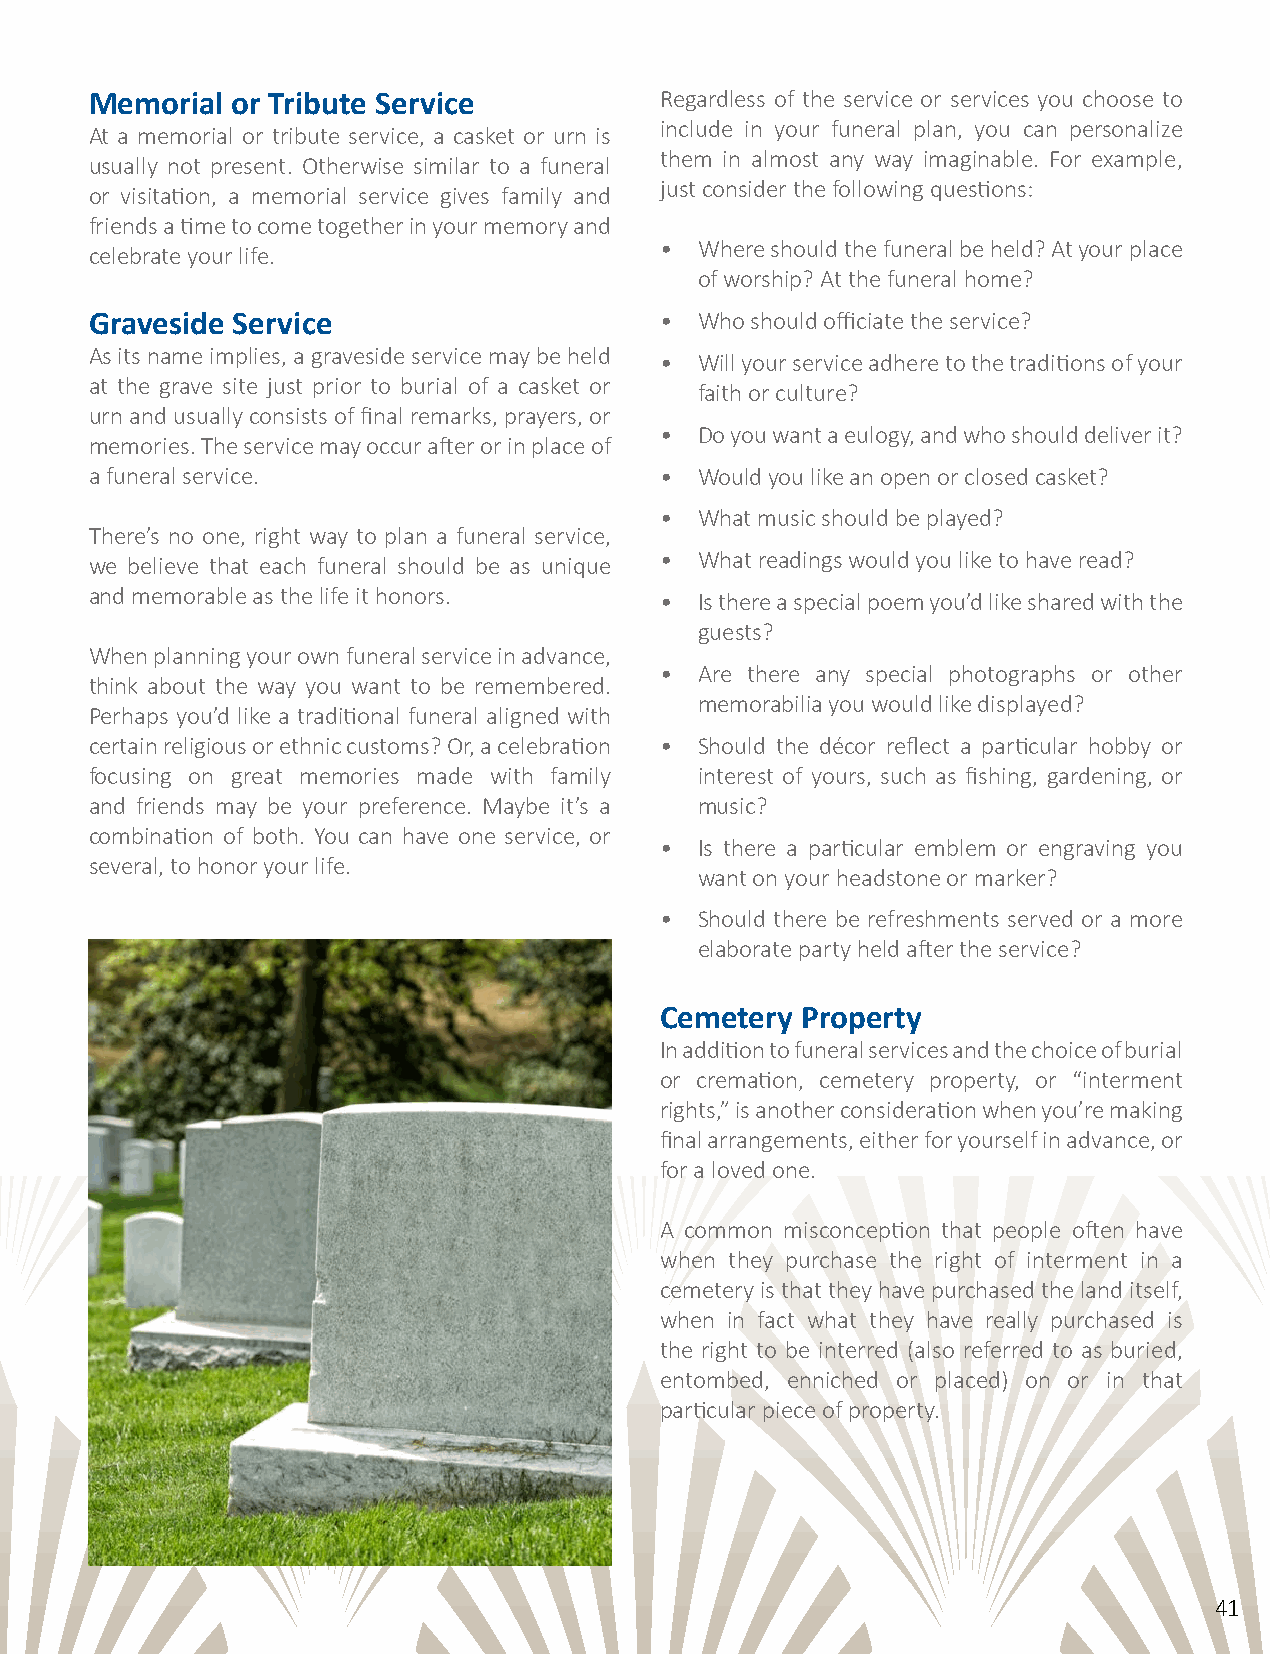
Memorial or Tribute Service           Regardless of the service or services you choose to
 include in your funeral plan, you can personalize
 At a memorial or tribute service, a casket or urn is
 them in almost any way imaginable. For example,
 usually not present. Otherwise similar to a funeral
 just consider the following questions:
 or visitation, a memorial service gives family and
 friends a time to come together in your memory and
 • Where should the funeral be held? At your place
 celebrate your life.
 of worship? At the funeral home?
 Graveside Service                     • Who should officiate the service?
 As its name implies, a graveside service may be held
 • Will your service adhere to the traditions of your
 at the grave site just prior to burial of a casket or
 faith or culture?
 urn and usually consists of final remarks, prayers, or
 • Do you want a eulogy, and who should deliver it?
 memories. The service may occur after or in place of
 a funeral service.                    • Would you like an open or closed casket?
 • What music should be played?
 There’s no one, right way to plan a funeral service,
 we believe that each funeral should be as unique • What readings would you like to have read?
 and memorable as the life it honors.
 • Is there a special poem you’d like shared with the
 guests?
 When planning your own funeral service in advance,
 • Are there any special photographs or other
 think about the way you want to be remembered.
 memorabilia you would like displayed?
 Perhaps you’d like a traditional funeral aligned with
 certain religious or ethnic customs? Or, a celebration • Should the décor reflect a particular hobby or
 focusing on great memories made with family interest of yours, such as fishing, gardening, or
 and friends may be your preference. Maybe it’s a music?
 combination of both. You can have one service, or
 • Is there a particular emblem or engraving you
 several, to honor your life.
 want on your headstone or marker?
 • Should there be refreshments served or a more
 elaborate party held after the service?
 Cemetery Property
 In addition to funeral services and the choice of burial
 or cremation, cemetery property, or “interment
 rights,” is another consideration when you’re making
 final arrangements, either for yourself in advance, or
 for a loved one.
 A common misconception that people often have
 when they purchase the right of interment in a
 cemetery is that they have purchased the land itself,
 when in fact what they have really purchased is
 the right to be interred (also referred to as buried,
 entombed, enniched or placed) on or in that
 particular piece of property.
 41